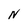
Character: N